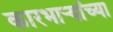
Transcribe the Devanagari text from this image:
कारभार्‍यांच्या